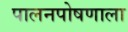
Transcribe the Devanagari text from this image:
पालनपोषणाला